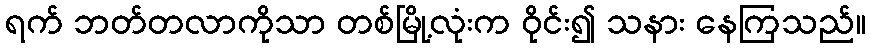
ရက် ဘတ်တလာကိုသာ တစ်မြို့လုံးက ဝိုင်း၍ သနား နေကြသည်။